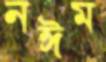
নঈম